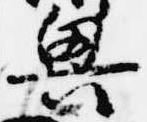
興